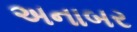
અનાબર